画像に写った文字を読んでください
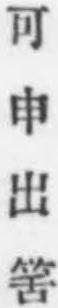
「可申出筈」と書いてあります